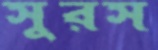
সুরস